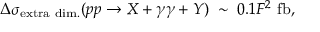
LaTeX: \Delta \sigma _ { \mathrm { e x t r a ~ d i m . } } ( p p \rightarrow X + \gamma \gamma + Y ) \; \sim \; 0 . 1 F ^ { 2 } ~ \mathrm { f b } ,